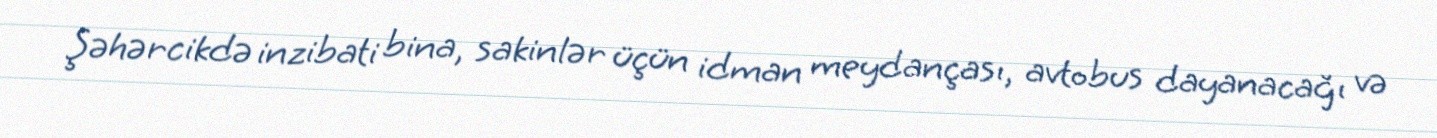
Şəhərcikdə inzibati bina, sakinlər üçün idman meydançası, avtobus dayanacağı və